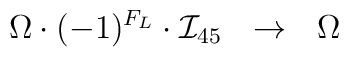
\Omega \cdot (-1)^{F_L} \cdot {\mathcal I}_{45}~~ \to ~~ \Omega